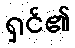
ရှင်၏